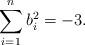
LaTeX: \begin{align*}\sum_{i=1}^nb_i^2 = -3.\end{align*}